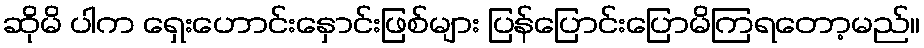
ဆိုမိ ပါက ရှေးဟောင်းနှောင်းဖြစ်များ ပြန်ပြောင်းပြောမိကြရတော့မည်။